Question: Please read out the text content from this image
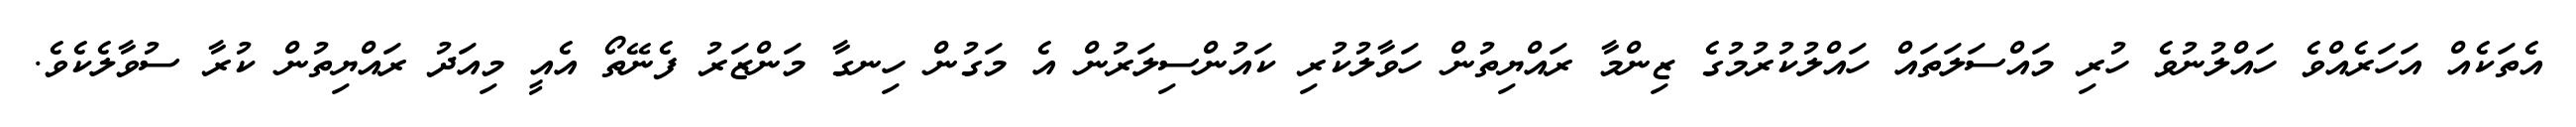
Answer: އެތަކެއް އަހަރެއްވެ ހައްލުނުވެ ހުރި މައްސަލަތައް ހައްލުކުރުމުގެ ޒިންމާ ރައްޔިތުން ހަވާލުކުރި ކައުންސިލަރުން އެ މަގުން ހިނގާ މަންޒަރު ފެނޭތޯ އެއީ މިއަދު ރައްޔިތުން ކުރާ ސުވާލެކެވެ.